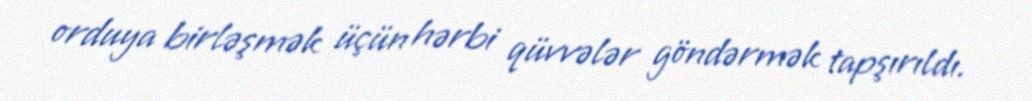
orduya birləşmək üçün hərbi qüvvələr göndərmək tapşırıldı.